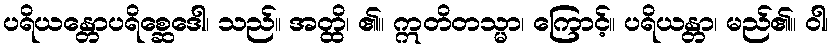
ပရိယန္တောပရိစ္ဆေဒေါ၊ သည်။ အတ္ထိ၊ ၏။ ဣတိတသ္မာ၊ ကြောင့်။ ပရိယန္တာ၊ မည်၏။ ဝါ၊